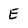
Character: E